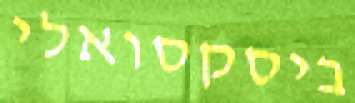
ביסקסואלי